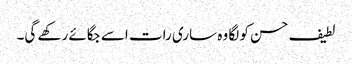
لطیف حسن کو لگا وہ ساری رات اسے جگائے رکھے گی۔